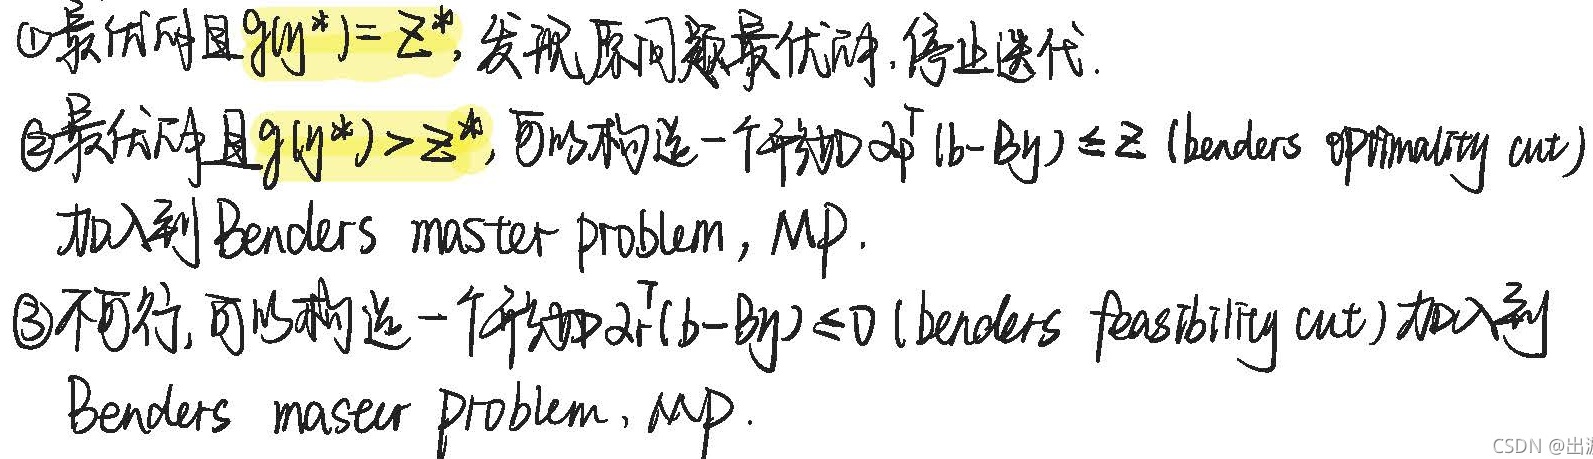
\textcircled{1}最优解且\(g(y^*) = z^*\)，发现原问题最优解，停止迭代.
\textcircled{2}最优解且\(g(y^*)>z^*\)，可以构造一个约束\(\lambda^{\mathrm{T}}(b - By)\leq z\) (benders optimality cut)
加入到 Benders master problem，MP.
\textcircled{3}不可行，可以构造一个约束\(\lambda^{\mathrm{T}}(b - By)\leq 0\) (benders feasibility cut) 加入到
Benders maser problem，MP.
CSDN@出湉